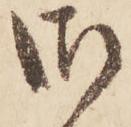
御